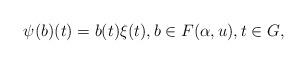
LaTeX: \begin{align*} \psi(b)(t)=b(t) \xi(t), b\in F(\alpha,u), t\in G,\end{align*}